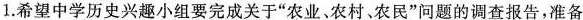
1.希望中学历史兴趣小组要完成关于”农业、农村。农民”问题的调查报告，准备